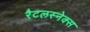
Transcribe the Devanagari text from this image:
रैटलस्नेक्स